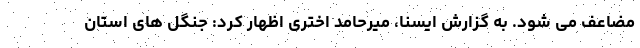
مضاعف می شود. به گزارش ایسنا، میرحامد اختری اظهار کرد: جنگل های استان